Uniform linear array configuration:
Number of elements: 64
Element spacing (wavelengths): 1
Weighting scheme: exponential
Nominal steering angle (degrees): -60
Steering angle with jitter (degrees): -59.916
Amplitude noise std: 0.05
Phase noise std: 0.05

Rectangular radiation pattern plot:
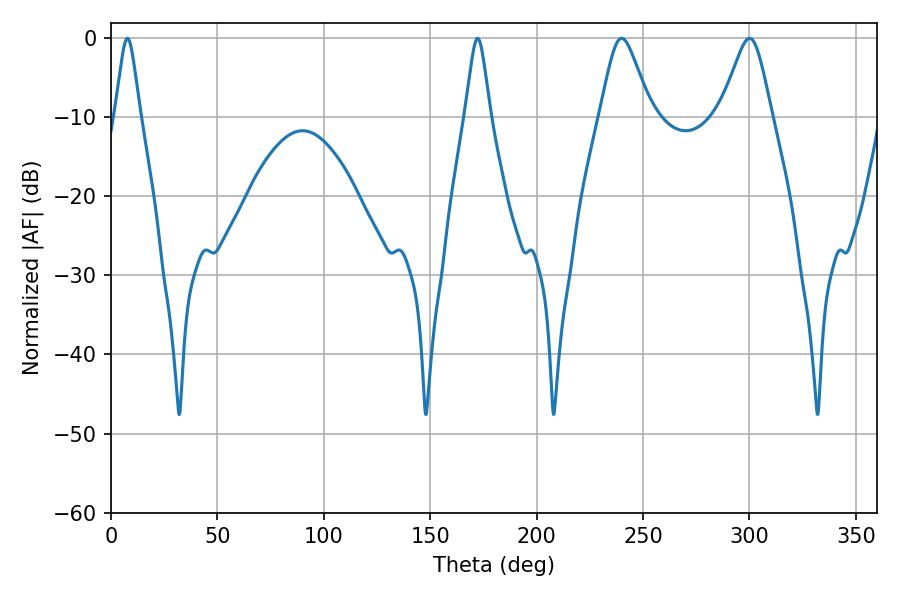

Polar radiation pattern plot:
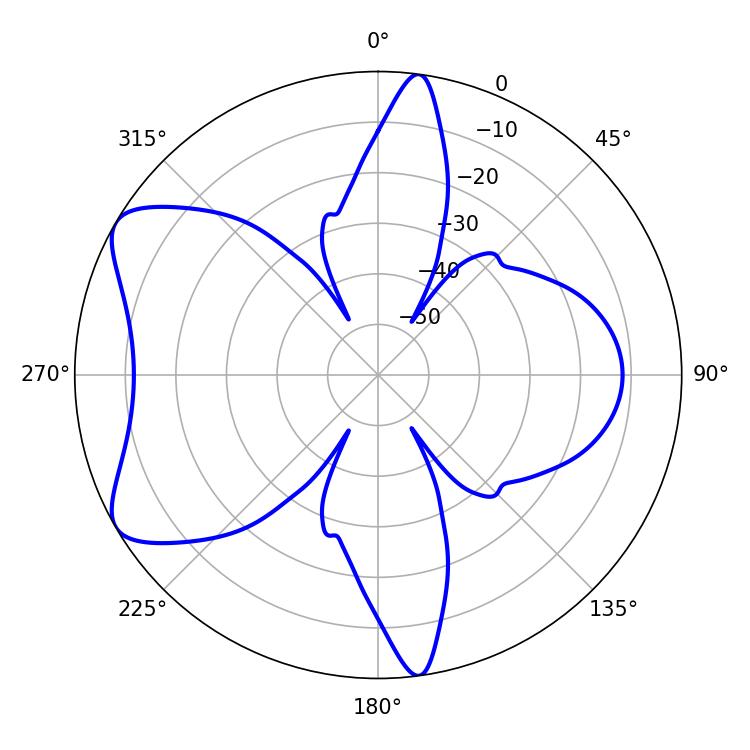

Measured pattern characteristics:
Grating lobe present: TRUE
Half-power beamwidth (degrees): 11.52
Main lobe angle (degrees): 300.06